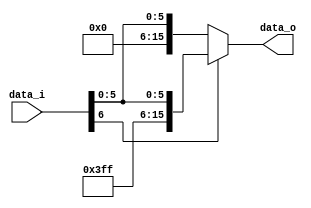
module Sign_Extend( data_i, data_o );

//I/O ports
input	[7-1:0]     data_i;
output	[16-1:0]    data_o;

//Internal Signals
wire	[16-1:0]    data_o;

//Main function
/*your code here*/
reg[16-1:0] out;

always @(*)
    if(data_i[6])
        out = {9'b111111111, data_i};
    else
        out = {9'b000000000, data_i};
        
assign data_o = out;

endmodule